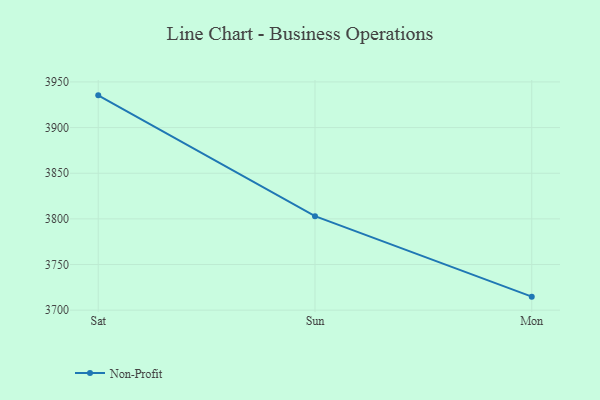
{"axis": {"x": "Day", "y": "Bounce Rate (%)"}, "legend": ["Non-Profit"], "data": [{"x": "Sat", "y": 3935.3, "type": "Non-Profit"}, {"x": "Sun", "y": 3803.0, "type": "Non-Profit"}, {"x": "Mon", "y": 3714.8, "type": "Non-Profit"}]}